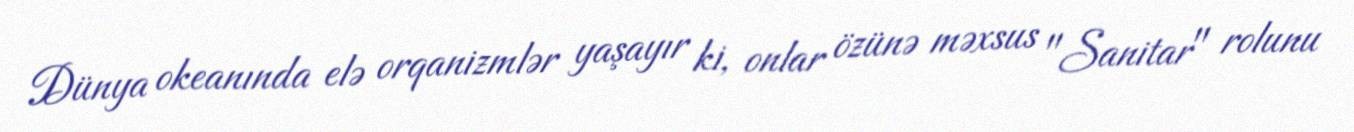
Dünya okeanında elə orqanizmlər yaşayır ki, onlar özünə məxsus "Sanitar" rolunu